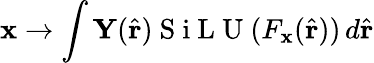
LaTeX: \mathbf{x}\rightarrow\int\mathbf{Y}(\hat{\mathbf{r}})\mathrm{~S~i~L~U~}(F_{\mathbf{x}}(\hat{\mathbf{r}}))\, d\hat{\mathbf{r}}